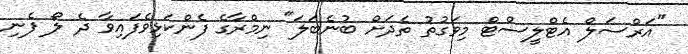
"އަރްސަލް އެޓްލީސްޓް މިވަގުތު ތެދަށް ބުނެބަލަ" ނިމްރާގެ ފެންކަޅިވެފައިވާ ދެ ލޯ ފެނި